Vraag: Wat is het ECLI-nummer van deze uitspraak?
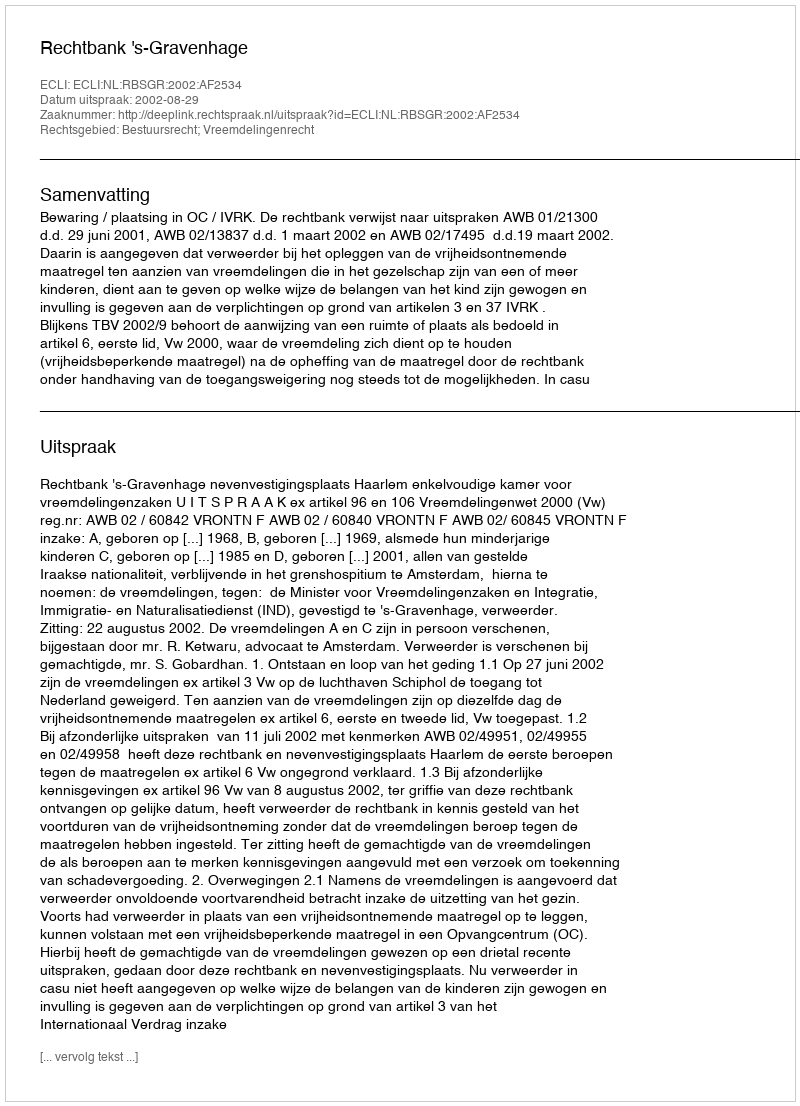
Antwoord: ECLI:NL:RBSGR:2002:AF2534